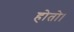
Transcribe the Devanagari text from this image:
होतो।